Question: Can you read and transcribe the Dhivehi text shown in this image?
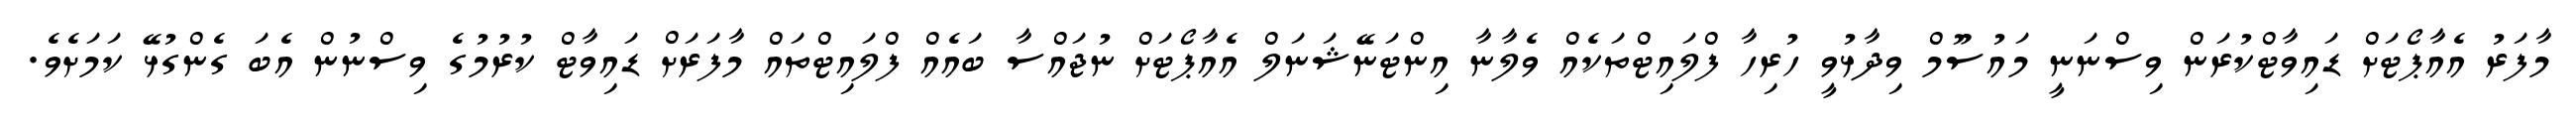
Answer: މާފަރު އެއާޕޯޓަށް ޑައިވާޓްކުރަން ވިސްނަނީ މައުސޫމް ވިދާޅުވީ ހުރިހާ ފްލައިޓްތަކެއް ވެލާނާ އިންޓަނޭޝަނަލް އެއާޕޯޓަށް ނުޖައްސާ ބައެއް ފްލައިޓްތައް މާފަރަށް ޑައިވާޓް ކުރުމުގެ ވިސްނުން އެބަ ގެންގުޅޭ ކަމަށެވެ.